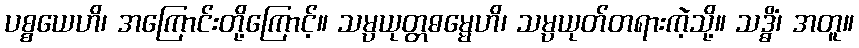
ပစ္စယေဟိ၊ အကြောင်းတို့ကြောင့်။ သမ္ပယုတ္တဓမ္မေဟိ၊ သမ္ပယုတ်တရားကဲ့သို့။ သဒ္ဓိံ၊ အတူ။